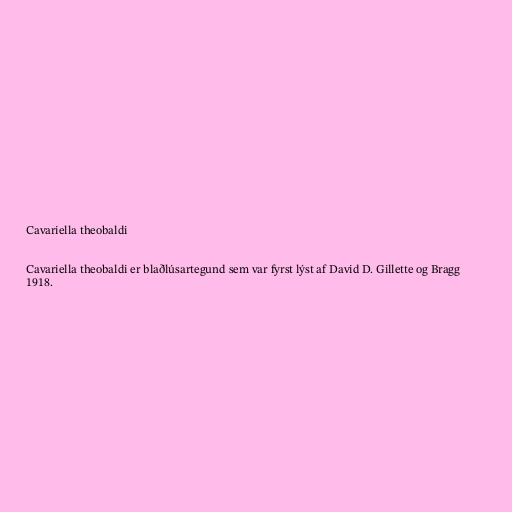
Cavariella theobaldi

Cavariella theobaldi er blaðlúsartegund sem var fyrst lýst af David D. Gillette og Bragg
1918.